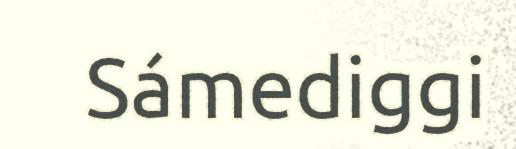
Sámediggi